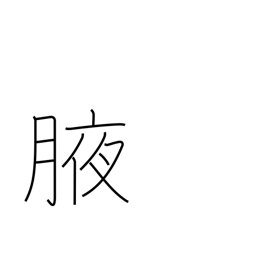
Meaning: armpit